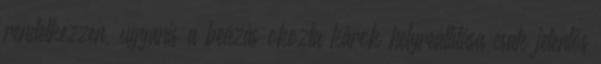
rendelkezzen, ugyanis a beázás okozta károk helyreállítása csak jelentős